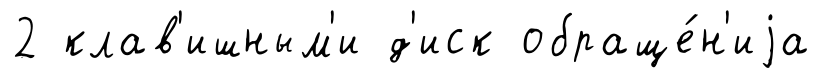
2 клав'ишным'и д'иск обраще́н'иjа